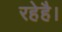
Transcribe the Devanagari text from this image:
रहेहै।